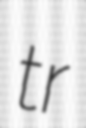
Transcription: tr